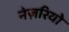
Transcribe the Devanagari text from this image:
नेज़रियो